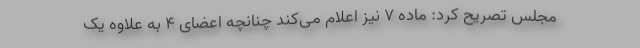
مجلس تصریح کرد: ماده ۷ نیز اعلام می‌کند چنانچه اعضای ۴ به علاوه یک